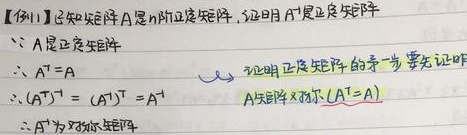
【例11】已知矩阵$A$是$n$阶正定矩阵，证明$A^{-1}$是正定矩阵。
$\because A$是正定实矩阵
$\therefore A^{T}=A$ ，证明正定矩阵的第一步要先证明$A$矩阵对称.$(A^{T}=A)$
$\therefore (A^{-1})^{T}=(A^{T})^{-1}=A^{-1}$
$\therefore A^{-1}$为对称矩阵